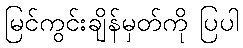
မြင်ကွင်းချိန်မှတ်ကို ပြပါ